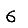
Digit: 6